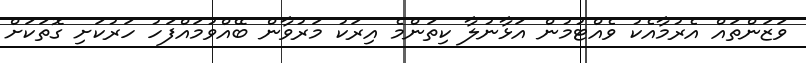
ވަޒަންތައް އެރުމާއެކު ވެއްޓުމުން އަޅާނުލާ ކިތަންމެ އިރަކު މަރުވާން ބޭއްވުމައްފަހު ހަރުކަށި ގޮތަކަށް